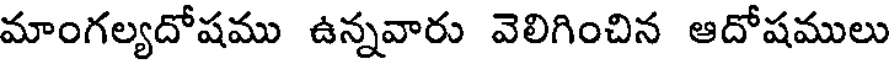
మాంగల్యదోషము ఉన్నవారు వెలిగించిన ఆదోషములు